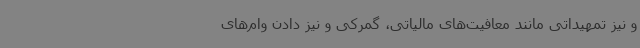
و نیز تمهیداتی مانند معافیت‌های مالیاتی‌، گمرکی و نیز دادن وام‌های